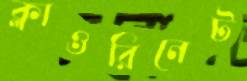
ক্লাওরিনেট